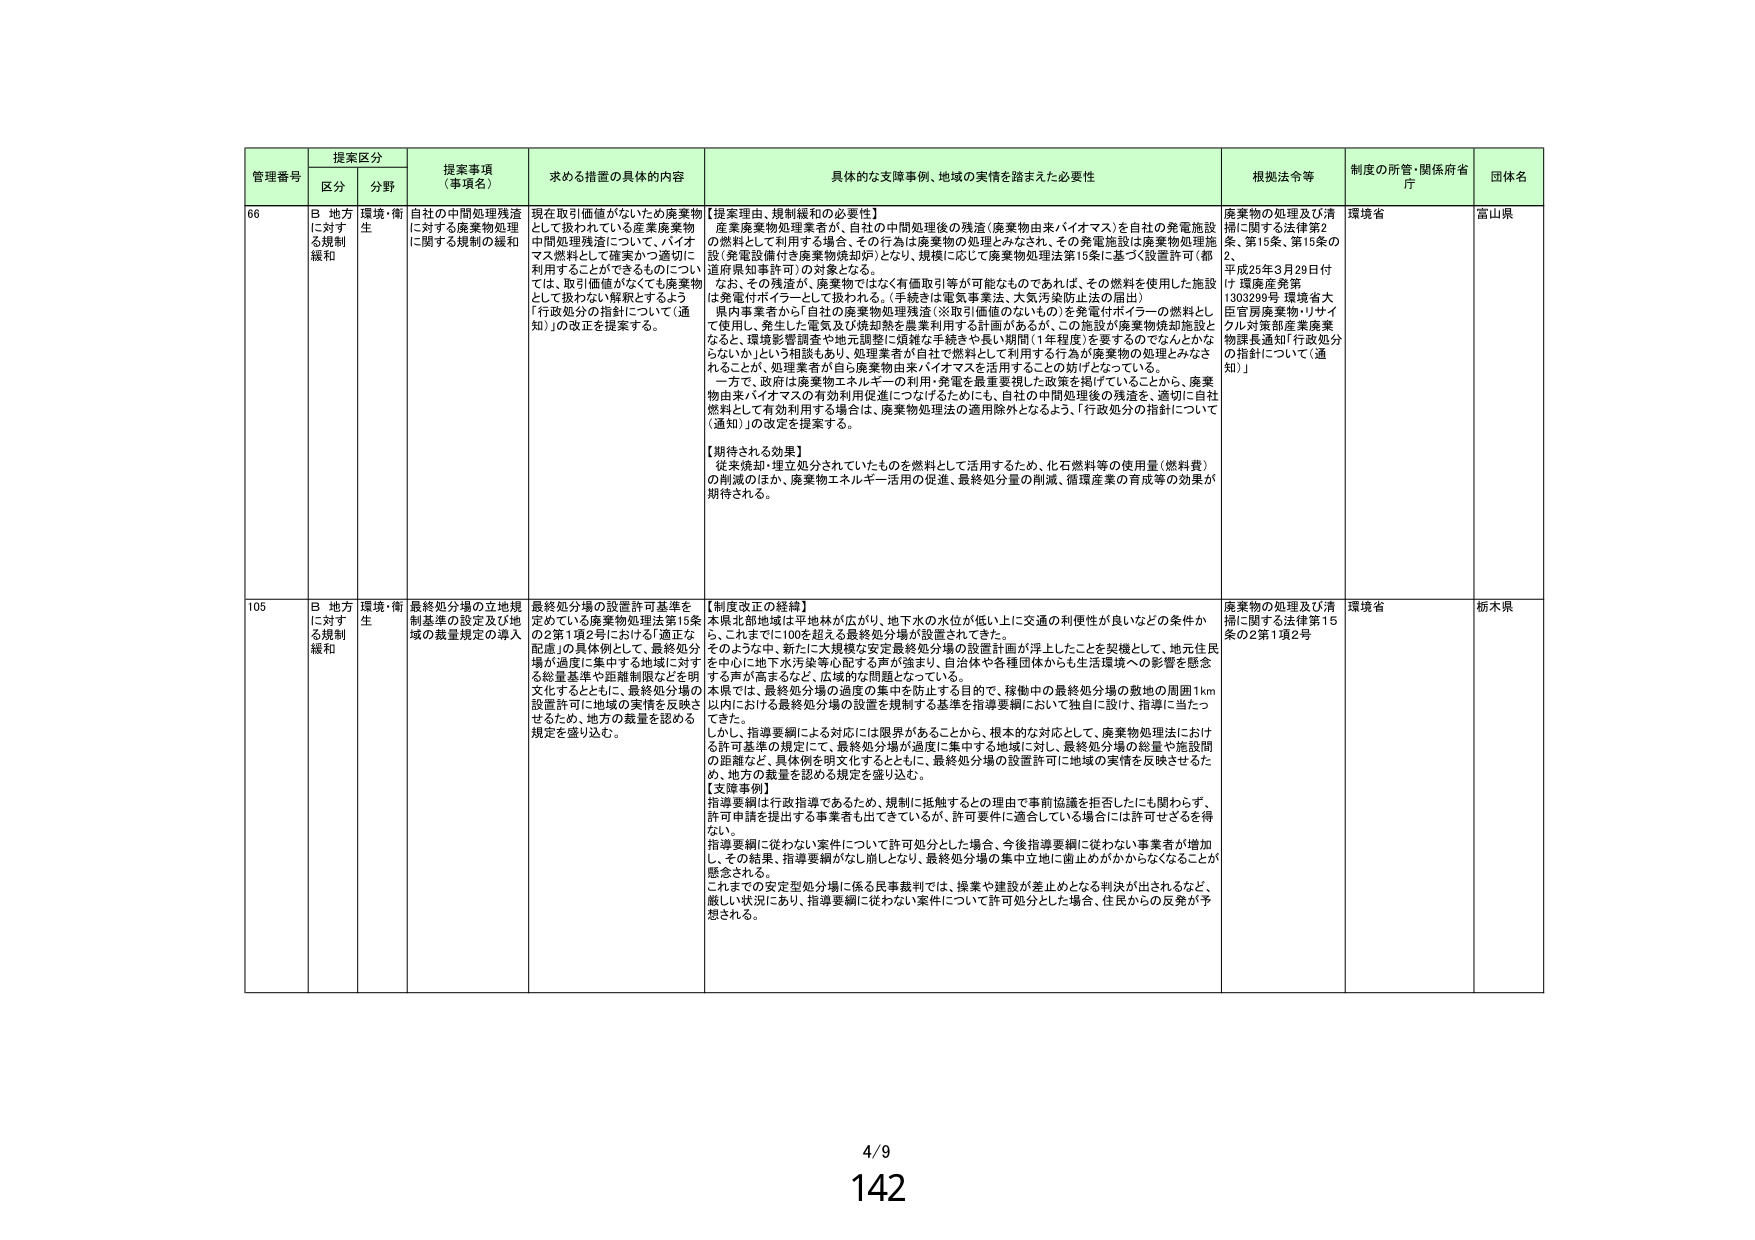
管理番号 提案区分 提案事項 （事項名） 求める措置の具体的内容 具体的な支障事例、地域の実情を踏まえた必要性 根拠法令等 制度の所管・関係府省庁 団体名
区分 分野
66 B 地方に対する規制緩和 環境・衛生 自社の中間処理残渣に対する廃棄物処理に関する規制の緩和 現在取引価値がないため廃棄物として扱われている産業廃棄物中間処理残渣について、バイオマス燃料として確実かつ適切に利用することができるものについては、取引価値がなくても廃棄物として扱わない解釈とするよう「行政処分の指針について（通知）」の改正を提案する。 【提案理由、規制緩和の必要性】 産業廃棄物処理業者が、自社の中間処理後の残渣（廃棄物由来バイオマス）を自社の発電施設の燃料として利用する場合、その行為は廃棄物の処理とみなされ、その発電施設は廃棄物処理施設（発電設備付き廃棄物焼却炉）となり、規模に応じて廃棄物処理法第15条に基づく設置許可（都道府県知事許可）の対象となる。 なお、その残渣が、廃棄物ではなく有価取引等が可能なものであれば、その燃料を使用した施設は発電付ボイラーとして扱われる。（手続きは電気事業法、大気汚染防止法の届出） 県内事業者から「自社の廃棄物処理残渣（※取引価値のないもの）を発電付ボイラーの燃料として使用し、発生した電気及び焼却熱を農業利用する計画があるが、この施設が廃棄物焼却施設となると、環境影響調査や地元調整に頑雑な手続きや長い期間（1年程度）を要するのでなんとかならないか」という相談もあり、処理業者が自社で燃料として利用する行為が廃棄物の処理とみなされると、処理業者が自ら廃棄物由来バイオマスを活用することの妨げとなっている。 一方で、政府は廃棄物エネルギーの利用・発電を最重要視した政策を掲げていることから、廃棄物由来バイオマスの有効利用促進につなげるためにも、自社の中間処理後の残渣を、適切に自社燃料として有効利用する場合は、廃棄物処理法の適用除外となるよう、「行政処分の指針について（通知）」の改正を提案する。 【期待される効果】 従来焼却・埋立処分されていたものを燃料として活用するため、化石燃料等の使用量（燃料費）の削減のほか、廃棄物エネルギー活用の促進、最終処分量の削減、循環産業の育成等の効果が期待される。 廃棄物の処理及び清掃に関する法律第2条、第15条、第15条の2、 平成25年3月29日付け 環産発第 1303299号 環境省大臣官房廃棄物・リサイクル対策部産業廃棄物課長通知「行政処分の指針について（通知）」 環境省 富山県
105 B 地方に対する規制緩和 環境・衛生 最終処分場の立地規制基準の設定及び地域の数量規定の導入 最終処分場の設置許可基準を定めている廃棄物処理法第15条の2第1項2号における「適正な配置」の具体例として、最終処分場が過度に集中する地域に対する総量基準や距離制限などを明文化するとともに、最終処分場の設置許可に地域の実情を反映させるため、地方の数量を認める規定を盛り込む。 【制度改正の経緯】 本県北部地域は平地林が広がり、地下水の水位が低い上に交通の利便性が良いなどの条件から、これまでに100を超える最終処分場が設置されてきた。 そのような中、新たに大規模な安定最終処分場の設置計画が浮上したことを契機として、地元住民を中心に地下水汚染等心配する声が強まり、自治体や各種団体からも生活環境への影響を懸念する声が高まるなど、広域的な問題となっている。 本県では、最終処分場の過度の集中を防止する目的で、稼働中の最終処分場の敷地の周囲1km以内における最終処分場の設置を規制する基準を指導要綱において独自に設け、指導に当たってきた。 しかし、指導要綱による対応には限界があることから、根本的な対応として、廃棄物処理法における許可基準の規定にて、最終処分場が過度に集中する地域に対し、最終処分場の総量や施設間の距離など、具体例を明文化するとともに、最終処分場の設置許可に地域の実情を反映させるため、地方の数量を認める規定を盛り込む。 【支障事例】 指導要綱は行政指導であるため、規制に抵触するとの理由で事前協議を拒否したにも関わらず、許可申請を提出する事業者も出てきているが、許可要件に適合している場合には許可せざるを得ない。 指導要綱に従わない案件について許可処分とした場合、今後指導要綱に従わない事業者が増加して、その結果、指導要綱がなし崩しとなり、最終処分場の集中立地に歯止めがかからなくなることが懸念される。 これまでの安定型処分場に係る民事裁判では、操業や建設が差止めとなる判決が出されるなど、厳しい状況にあり、指導要綱に従わない案件について許可処分とした場合、住民からの反発が予想される。 廃棄物の処理及び清掃に関する法律第15条の2第1項2号 環境省 栃木県
4/9 142